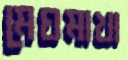
মেঘমাখা